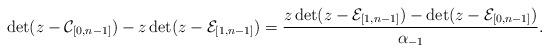
LaTeX: \begin{align*}{} \det (z-\mathcal{C}_{[0,n-1]})-z \det (z-\mathcal{E}_{[1,n-1]})= \frac{z \det (z-\mathcal{E}_{[1,n-1]})-\det (z-\mathcal{E}_{[0,n-1]})}{\alpha_{-1}}.\end{align*}